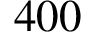
4 0 0